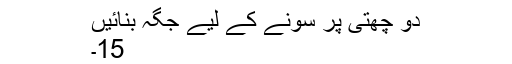
دو چھتی پر سونے کے لیے جگہ بنائیں
15۔